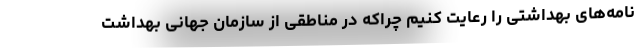
نامه‌های بهداشتی را رعایت کنیم چراکه در مناطقی از سازمان جهانی بهداشت